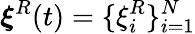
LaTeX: \boldsymbol{\xi}^{R}(t)=\{ \xi_{i}^{R}\} _{i=1}^{N}